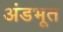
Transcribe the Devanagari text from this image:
अंडभूत